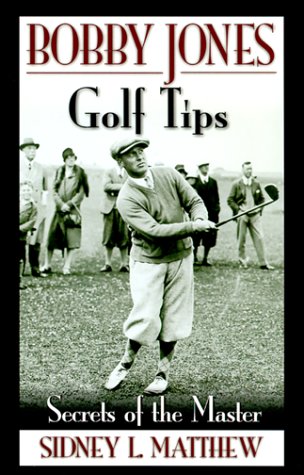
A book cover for Bobby Jones Golf Tips: Secrets of the Master; Bobby Jones; Sports & Outdoors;